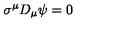
\sigma ^ { \mu } D _ { \mu } \psi = 0